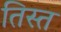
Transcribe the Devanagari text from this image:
तिस्‍त